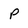
Character: P